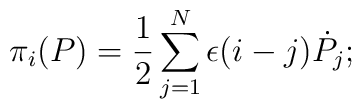
\pi_i(P) = {1 \over 2} \sum_{j=1}^{N} \epsilon(i-j){\dot P}_j;